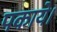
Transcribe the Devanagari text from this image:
पकाये।